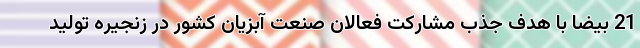
21 بیضا با هدف جذب مشارکت فعالان صنعت آبزیان کشور در زنجیره تولید